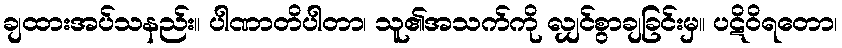
ချထားအပ်သနည်း။ ပါဏာတိပါတာ၊ သူ၏အသက်ကို လျှင်စွာချခြင်းမှ။ ပဋိဝိရတော၊